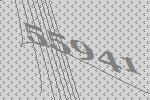
55941